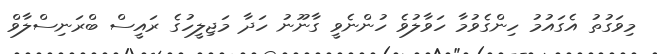
މިވަގުތު އެގައުމު ހިންގެވުމާ ހަވާލުވެ ހުންނެވީ ގާނޫނު ހަދާ މަޖިލީހުގެ ރައީސް ބްރަނިސްލާވް